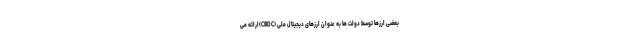
بعضی ارزها توسط دولت ها به عنوان ارزهای دیجیتال ملی (CBDC)ارائه می